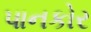
પાનકોર